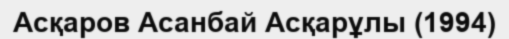
Асқаров Асанбай Асқарұлы (1994)